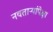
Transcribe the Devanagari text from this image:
नवताऱ्यांपेक्षा